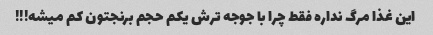
این غذا مرگ نداره فقط چرا با جوجه ترش یکم حجم برنجتون کم میشه!!!